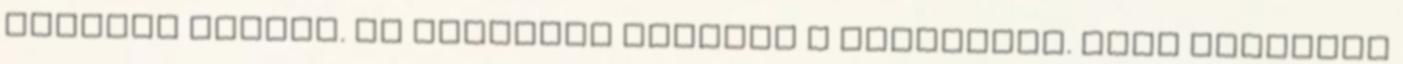
részünk nekünk. Az illatozó virágok a nővéreink. póni testének